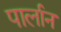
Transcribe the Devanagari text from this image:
पार्लान